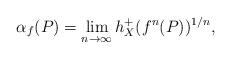
LaTeX: \begin{align*} \alpha_f(P)=\lim_{n\to\infty} h_X^+(f^n(P))^{1/n},\end{align*}